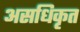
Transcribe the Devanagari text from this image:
असधिकृत